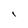
Character: I